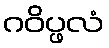
ဂဝိပ္ဖလံ